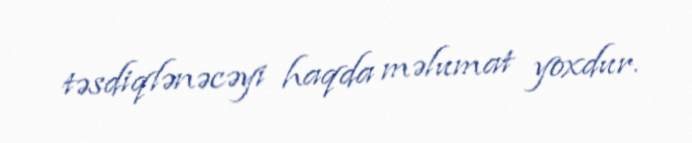
təsdiqlənəcəyi haqda məlumat yoxdur.